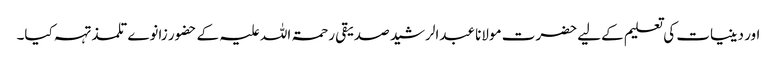
اور دینیات کی تعلیم کےلیے حضرت مولانا عبدالرشید صدیقی رحمۃ اللہ علیہ کے حضور زانوے تلمذ تہہ کیا۔